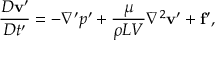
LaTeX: { \frac { D \mathbf { v } ^ { \prime } } { D t ^ { \prime } } } = - \nabla ^ { \prime } p ^ { \prime } + { \frac { \mu } { \rho L V } } \nabla ^ { 2 } \mathbf { v } ^ { \prime } + \mathbf { f } ^ { \prime } ,